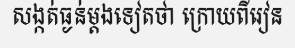
សង្កត់ធ្ងន់ម្តងទៀតថា ក្រោយពីរៀន